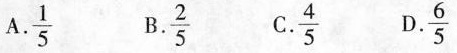
A. $$\frac{1}{5}$$ B.$$\frac{4}{5}$$ C.$$\frac{6}{5}$$ D.$$\frac{2}{5}$$